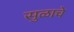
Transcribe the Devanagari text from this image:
सुळाचे